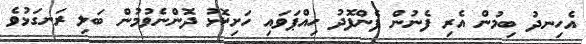
އެހިނދު ބިމުން އެރި ފެނުން ފެންފޮދު ހިއްޕަވައި ހަށިކޮޅު ދޮންނެވުމުން ބަލި ރަނގަޅުވެ